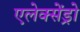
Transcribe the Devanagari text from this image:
एलेक्सेंड्रो